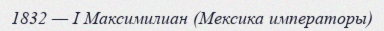
1832 — І Максимилиан (Мексика императоры)